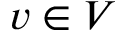
v \in V